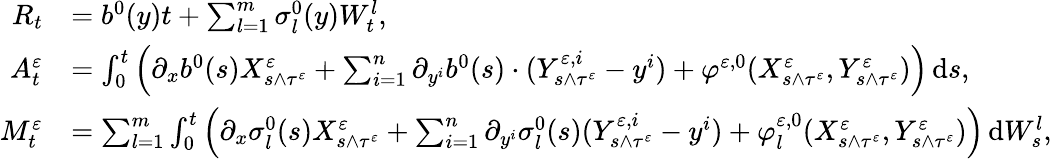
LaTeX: \begin{array}{rl}{R_{t}}&{=b^{0}(y)t+\sum_{l=1}^{m}\sigma_{l}^{0}(y)W_{t}^{l},}\\ {A_{t}^{\varepsilon}}&{=\int_{0}^{t}\Big(\partial_{x}b^{0}(s)X_{s\wedge\tau^{\varepsilon}}^{\varepsilon}+\sum_{i=1}^{n}\partial_{y^{i}}b^{0}(s)\cdot(Y_{s\wedge\tau^{\varepsilon}}^{\varepsilon,i}-y^{i})+\varphi^{\varepsilon,0}(X_{s\wedge\tau^{\varepsilon}}^{\varepsilon},Y_{s\wedge\tau^{\varepsilon}}^{\varepsilon})\Big)\, \mathrm{d}s,}\\ {M_{t}^{\varepsilon}}&{=\sum_{l=1}^{m}\int_{0}^{t}\Big(\partial_{x}\sigma_{l}^{0}(s)X_{s\wedge\tau^{\varepsilon}}^{\varepsilon}+\sum_{i=1}^{n}\partial_{y^{i}}\sigma_{l}^{0}(s)(Y_{s\wedge\tau^{\varepsilon}}^{\varepsilon,i}-y^{i})+\varphi_{l}^{\varepsilon,0}(X_{s\wedge\tau^{\varepsilon}}^{\varepsilon},Y_{s\wedge\tau^{\varepsilon}}^{\varepsilon})\Big)\, \mathrm{d}W_{s}^{l},}\end{array}